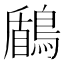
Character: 鶞